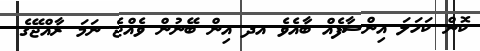
ކޮން ކަހަލަ އިންސާފެއް ބާއެވެ އދ އިން ބޭނުން ވެއްޖެ ނަމަ ރާއްޖޭގެ